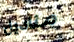
مناديل